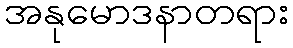
အနုမောဒနာတရား